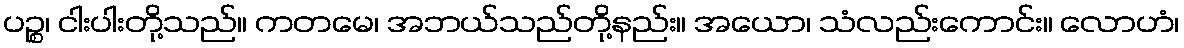
ပဉ္စ၊ ငါးပါးတို့သည်။ ကတမေ၊ အဘယ်သည်တို့နည်း။ အယော၊ သံလည်းကောင်း။ လောဟံ၊